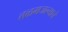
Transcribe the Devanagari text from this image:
तळमजल्याचे